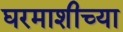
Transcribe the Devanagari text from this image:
घरमाशीच्या